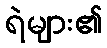
ရဲများ၏